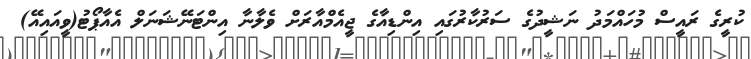
ކުރީގެ ރައީސް މުހައްމަދު ނަޝީދުގެ ސަރުކާރުގައި އިންޑިއާގެ ޖީއެމްއާރަށް ވެލާނާ އިންޓަނޭޝަނަލް އެއާޕޯޓު(ވީއައިއޭ)